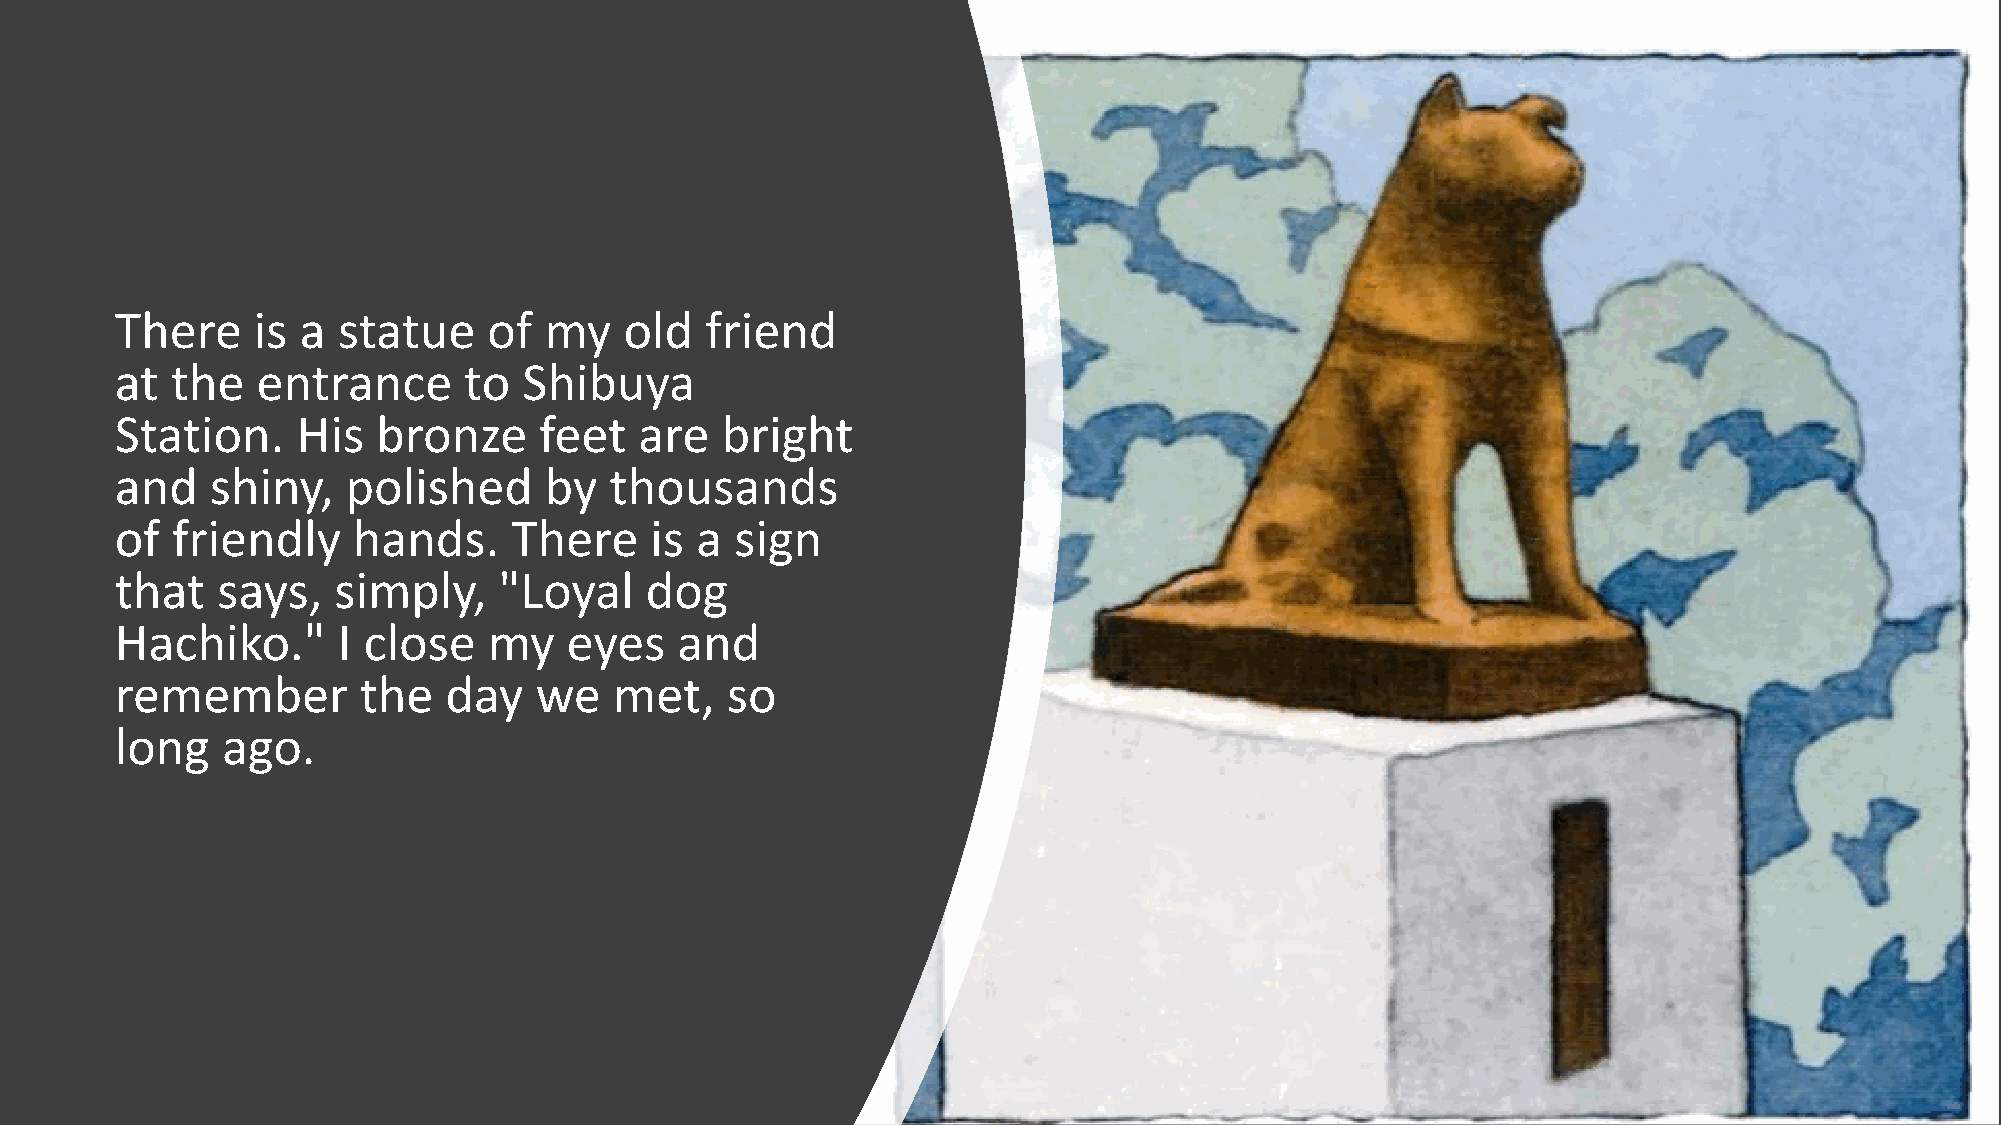
There    is a statue    of  my   old   friend
 at the   entrance      to  Shibuya
 Station.    His  bronze     feet  are   bright
 and   shiny,   polished     by  thousands
 of friendly    hands.     There    is a  sign
 that  says,   simply,    "Loyal    dog
 Hachiko."     I close   my   eyes    and
 remember        the  day   we    met,   so
 long   ago.